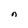
Character: n